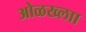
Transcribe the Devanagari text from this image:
ओळख्लाा